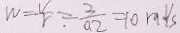
W = \frac { V } { r } = \frac { 3 } { 0 . 2 } = 1 0 r a v s